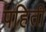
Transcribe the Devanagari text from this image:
पहिती